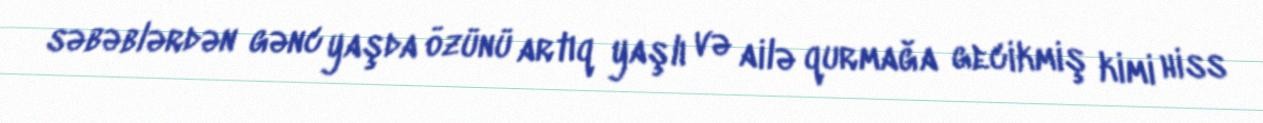
səbəblərdən gənc yaşda özünü artıq yaşlı və ailə qurmağa gecikmiş kimi hiss